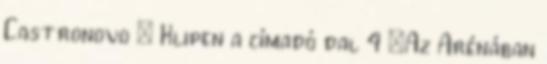
Castronovo – Klipen a címadó dal 4 „Az Arénában